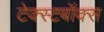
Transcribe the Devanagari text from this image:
टेक्स्टबॉक्स